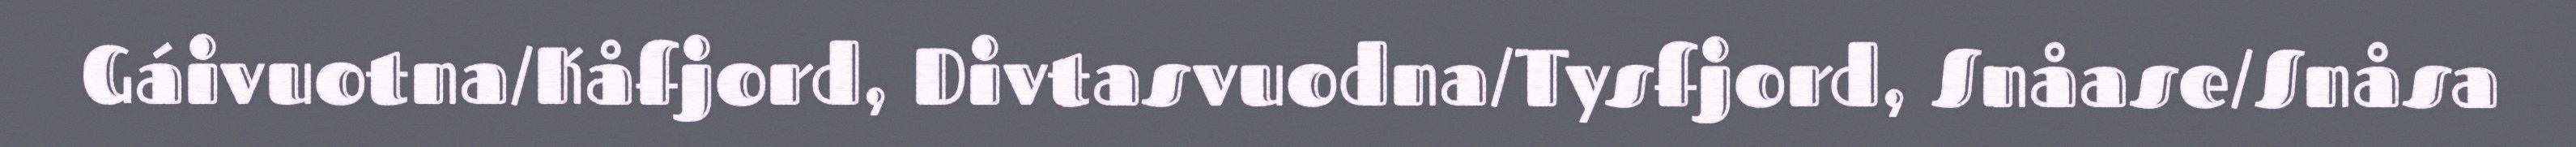
Gáivuotna/Kåfjord, Divtasvuodna/Tysfjord, Snåase/Snåsa